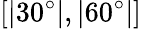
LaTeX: [|30^{\circ}|,|60^{\circ}|]